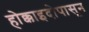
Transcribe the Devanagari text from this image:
होक्काइदोपासून